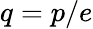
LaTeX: q=p/e